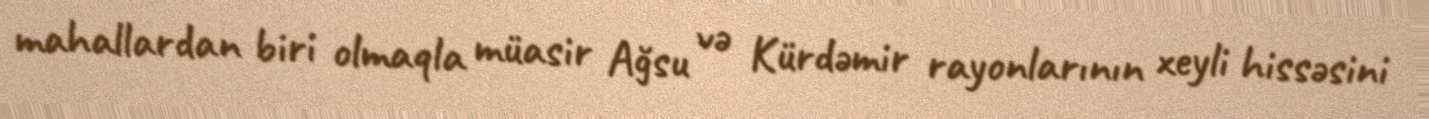
mahallardan biri olmaqla müasir Ağsu və Kürdəmir rayonlarının xeyli hissəsini